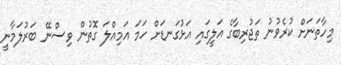
މިހާތަނަށް ކުރެވުނު ތަޖުރިބާގެ އަލީގައި އަޅުގަނޑަށް ހަމަ އަމިއްލަ ގޮތުން ވިސްނޭ ބަރުލަމާނީ